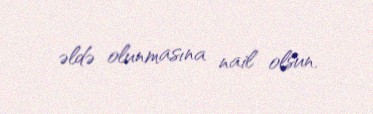
əldə olunmasına nail olsun.